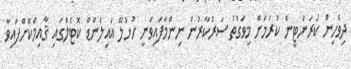
ދިވެހިން ކަރަންޓީން ކުރުމަށް މިވަގުތު ސަރުކާރުން ނިންމާފައިވަނީ ހުޅުލޭ އައިލެންޑް ކޮޓެލްގައި ޤާއިމްކޮށްފައިވާ